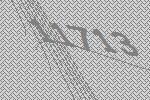
11713